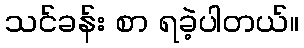
သင်ခန်း စာ ရခဲ့ပါတယ်။